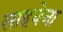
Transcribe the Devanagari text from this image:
साहवेना